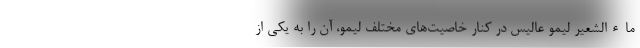
ماءالشعیر لیمو عالیس در کنار خاصیت‌های مختلف لیمو، آن را به یکی از